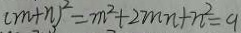
( m + n ) ^ { 2 } = m ^ { 2 } + 2 m n + n ^ { 2 } = 9